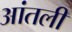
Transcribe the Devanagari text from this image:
आंतली